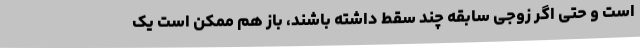
است و حتی اگر زوجی سابقه چند سقط داشته باشند، باز هم ممکن است یک